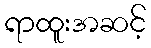
ရာထူးအဆင့်